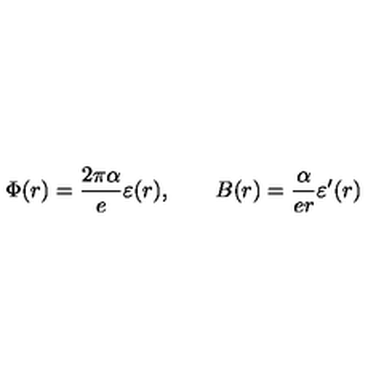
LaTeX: \Phi ( r ) = \frac { 2 \pi \alpha } { e } \varepsilon ( r ) , \qquad B ( r ) = \frac { \alpha } { e r } \varepsilon ^ { \prime } ( r )